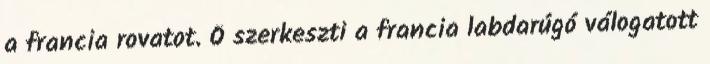
a francia rovatot. Ő szerkeszti a francia labdarúgó válogatott